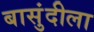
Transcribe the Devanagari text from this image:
बासुंदीला